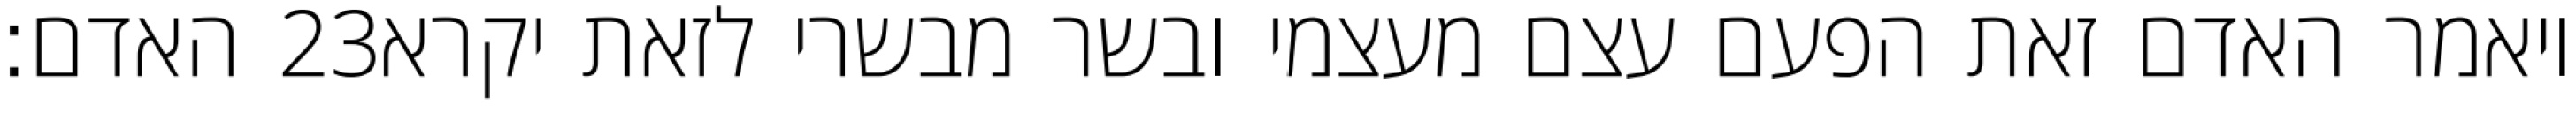
האדם׃ ‎23‏ ויאמר האדם זאת הפעם עצם מעצמי ובשר מבשרי לזאת יקרא